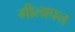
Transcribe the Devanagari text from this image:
गीलापन